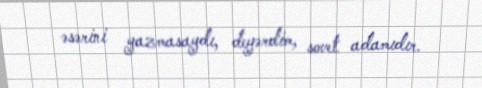
əsərini yazmasaydı, deyərdim, sovet adamıdır.